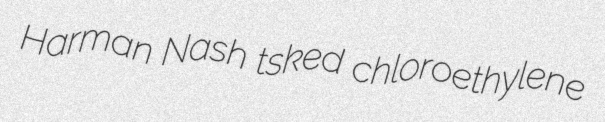
Harman Nash tsked chloroethylene